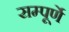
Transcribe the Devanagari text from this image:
सम्पूर्णे